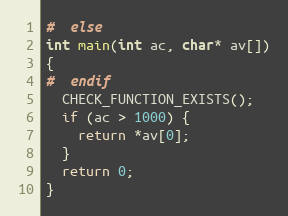
Language: C
#  else
int main(int ac, char* av[])
{
#  endif
  CHECK_FUNCTION_EXISTS();
  if (ac > 1000) {
    return *av[0];
  }
  return 0;
}